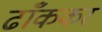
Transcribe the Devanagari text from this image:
ढाँककर